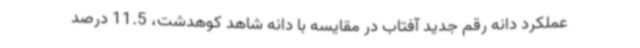
عملکرد دانه رقم جدید آفتاب در مقایسه با دانه شاهد کوهدشت، 11.5 درصد